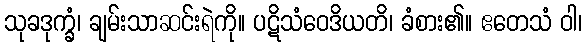
သုခဒုက္ခံ၊ ချမ်းသာဆင်းရဲကို။ ပဋိသံဝေဒိယတိ၊ ခံစား၏။ ဧတေသံ ဝါ၊